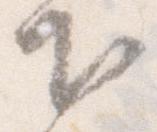
下